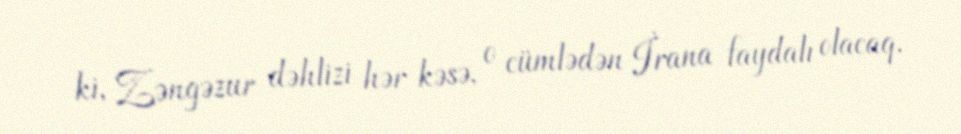
ki, Zəngəzur dəhlizi hər kəsə, o cümlədən İrana faydalı olacaq.